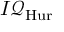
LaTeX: I { \mathcal { Q } } _ { \mathrm { H u r } }